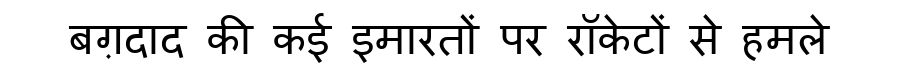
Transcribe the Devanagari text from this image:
बग़दाद की कई इमारतों पर रॉकेटों से हमले